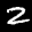
Label: 2